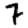
Digit: 7